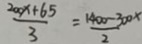
\frac { 2 0 0 x + 6 5 } { 3 } = \frac { 1 4 0 0 - 3 0 0 x } { 2 }